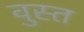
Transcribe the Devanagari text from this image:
वुस्त